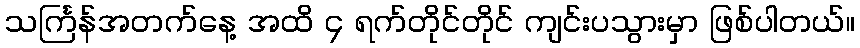
သင်္ကြန်အတက်နေ့ အထိ ၄ ရက်တိုင်တိုင် ကျင်းပသွားမှာ ဖြစ်ပါတယ်။